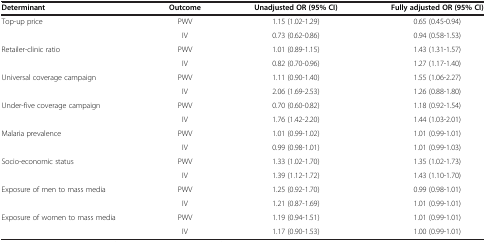
<table><thead><tr><td><b>Determinant</b></td><td><b>Outcome</b></td><td><b>Unadjusted OR (95% CI)</b></td><td><b>Fully adjusted OR (95% CI)</b></td></tr></thead><tbody><tr><td rowspan="2">Top-up price</td><td>PWV</td><td>1.15 (1.02-1.29)</td><td>0.65 (0.45-0.94)</td></tr><tr><td>IV</td><td>0.73 (0.62-0.86)</td><td>0.94 (0.58-1.53)</td></tr><tr><td rowspan="2">Retailer-clinic ratio</td><td>PWV</td><td>1.01 (0.89-1.15)</td><td>1.43 (1.31-1.57)</td></tr><tr><td>IV</td><td>0.82 (0.70-0.96)</td><td>1.27 (1.17-1.40)</td></tr><tr><td rowspan="2">Universal coverage campaign</td><td>PWV</td><td>1.11 (0.90-1.40)</td><td>1.55 (1.06-2.27)</td></tr><tr><td>IV</td><td>2.06 (1.69-2.53)</td><td>1.26 (0.88-1.80)</td></tr><tr><td rowspan="2">Under-five coverage campaign</td><td>PWV</td><td>0.70 (0.60-0.82)</td><td>1.18 (0.92-1.54)</td></tr><tr><td>IV</td><td>1.76 (1.42-2.20)</td><td>1.44 (1.03-2.01)</td></tr><tr><td rowspan="2">Malaria prevalence</td><td>PWV</td><td>1.01 (0.99-1.02)</td><td>1.01 (0.99-1.01)</td></tr><tr><td>IV</td><td>0.99 (0.98-1.01)</td><td>1.01 (0.99-1.03)</td></tr><tr><td rowspan="2">Socio-economic status</td><td>PWV</td><td>1.33 (1.02-1.70)</td><td>1.35 (1.02-1.73)</td></tr><tr><td>IV</td><td>1.39 (1.12-1.72)</td><td>1.43 (1.10-1.70)</td></tr><tr><td rowspan="2">Exposure of men to mass media</td><td>PWV</td><td>1.25 (0.92-1.70)</td><td>0.99 (0.98-1.01)</td></tr><tr><td>IV</td><td>1.21 (0.87-1.69)</td><td>1.01 (0.99-1.01)</td></tr><tr><td>Exposure of women to mass media</td><td>PWV</td><td>1.19 (0.94-1.51)</td><td>1.01 (0.99-1.01)</td></tr><tr><td> </td><td>IV</td><td>1.17 (0.90-1.53)</td><td>1.00 (0.99-1.01)</td></tr></tbody></table>